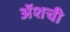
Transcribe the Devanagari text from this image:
ॲशची